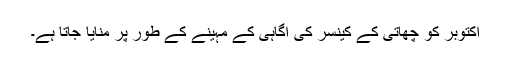
اکتوبر کو چھاتی کے کینسر کی آگاہی کے مہینے کے طور پر منایا جاتا ہے۔